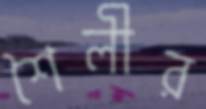
শৈলীর